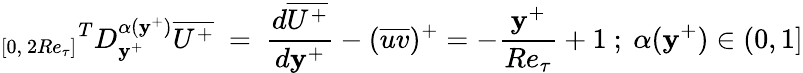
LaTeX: {_{[0,~2Re_{\tau}]}}^{T}D_{\mathbf{y}^{+}}^{\alpha(\mathbf{y}^{+})}\overline{{{U^{+}}}}~=~\frac{{d\overline{{{U^{+}}}}}}{{d\mathbf{y}^{+}}}-(\overline{{{uv}}})^{+}=-{\frac{{\mathbf{y}^{+}}}{{Re_{\tau}}}}+1~;~\alpha(\mathbf{y}^{+})\in(0,1]